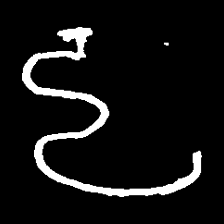
Pyu character \u2014 Myanmar letter: ဠ (romanized: lla)